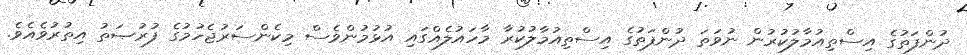
ދުންފަތުގެ އިސްތިއުމާލުކުރުން ނުވަތަ ދުންފަތުގެ އިސްތިއުމާލުކުރާ މާހައުލެއްގައި އުޅުމުންވެސް މިކެންސަރުޖެހުމުގެ ފުރުޞަތު އިތުރުވެއެވެ.